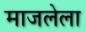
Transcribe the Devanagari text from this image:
माजलेला